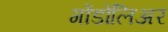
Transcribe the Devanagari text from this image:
गोंडोलिअर